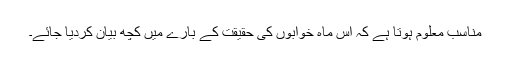
مناسب معلوم ہوتا ہے کہ اس ماہ خوابوں کی حقیقت کے بارے میں کچھ بیان کردیا جائے۔